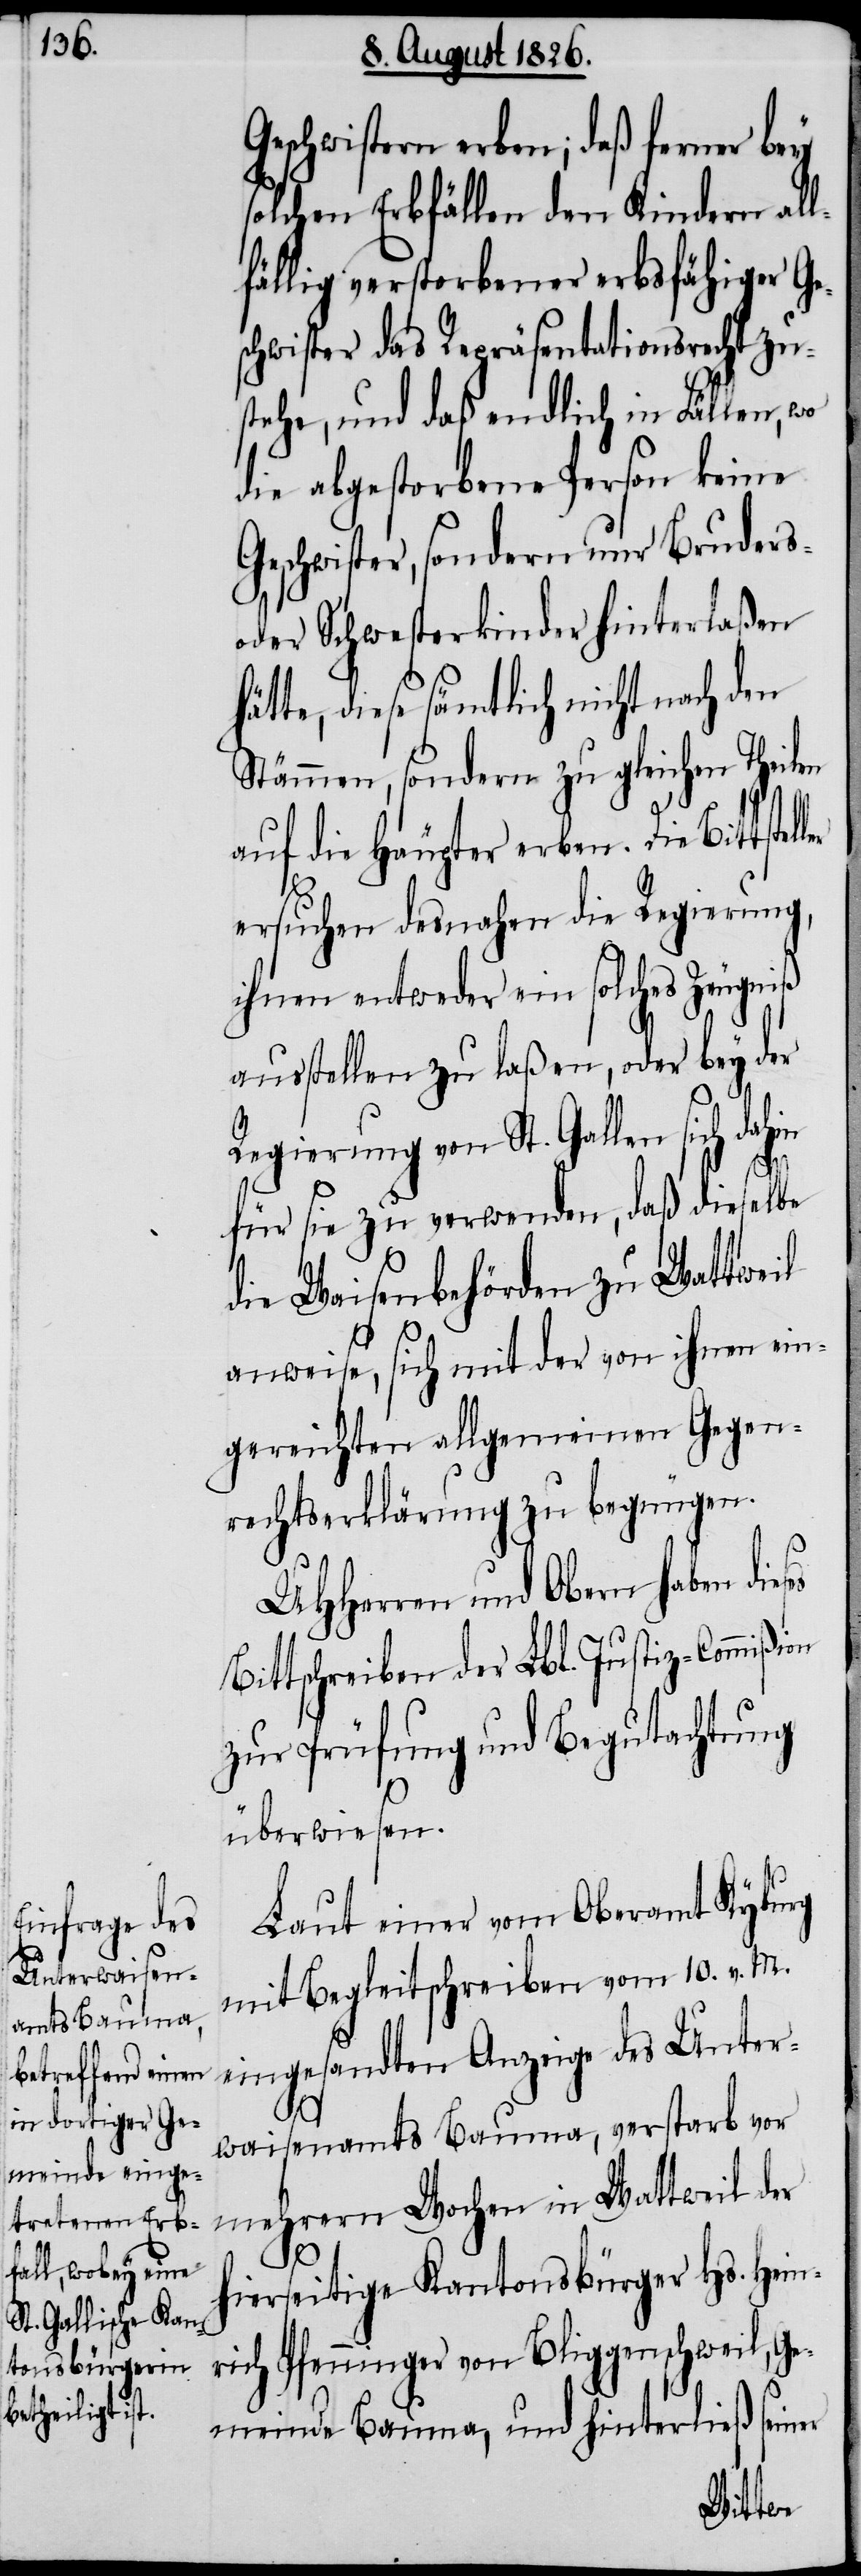
Geschwistern erben; daß ferner bey
solchen Erbfällen den Kindern all¬
fällig verstorbener erbsfähiger Ge¬
schwister das Repräsentationsrecht zu¬
stehe, und daß endlich in Fällen, wo
die abgestorbene Person keine
Geschwister, sondern nur Bruders-
oder Schwesterkinder hinterlaßen
te, diese sämtlich nicht nach den
Stämmen, sondern zu gleichen Theilen
auf die Häupter erben. Die Bit¬
ersuchen desnahen die Regierung,
ihnen entweder ein solches Zeugniß
ausstellen zu laßen, oder bey der
Regierung von St. Gallen sich dahin
es
für sie zu verwenden, daß dieselbe
die Waisenbehörden zu Wattweil
anweise, sich mit der von ihnen ein¬
gereichten allgemeinen Gegen¬
rechtserklärung zu begnügen.
MHHerren und Obern haben dies¬
Bittschreiben der Lbl. Justiz-Commißion
zur Prüfung und Begutachtung
überwiesen.
Laut einer vom Oberamt Kyburg
mit Begleitschreiben vom 10. v. M.
eingesandten Anzeige des Unter¬
er
waisenamts Bauma, verstarb vor
mehrern Wochen in Wattweil der
h¬
ierseitige Kantonsbürger Hs. Hein¬
rich Pfenninger von Bliggenschweil, Ge¬
meinde Bauma, und hinterließ sein¬
tsteller